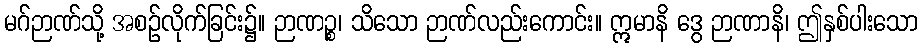
မဂ်ဉာဏ်သို့ အစဉ်လိုက်ခြင်း၌။ ဉာဏဉ္စ၊ သိသော ဉာဏ်လည်းကောင်း။ ဣမာနိ ဒွေ ဉာဏာနိ၊ ဤနှစ်ပါးသော